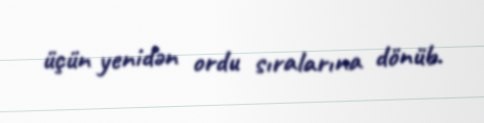
üçün yenidən ordu sıralarına dönüb.